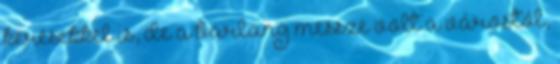
kérésekkel is, de a barlang messze volt a várostól,